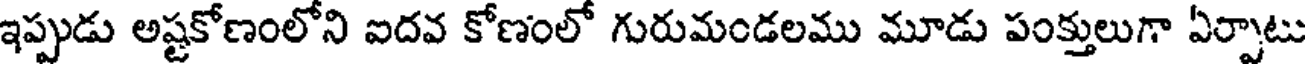
ఇప్పుడు అష్టకోణంలోని ఐదవ కోణంలో గురుమండలము మూడు పంక్తులుగా ఏర్పాటు